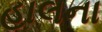
હાલના